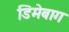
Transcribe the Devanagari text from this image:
डिमेबाग